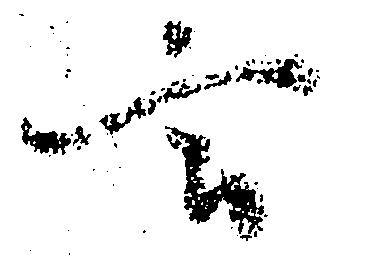
言